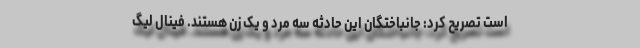
است تصریح کرد: جانباختگان این حادثه سه مرد و یک زن هستند. فینال لیگ